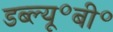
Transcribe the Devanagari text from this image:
डब्ल्यू॰बी॰